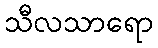
သီလသာရော